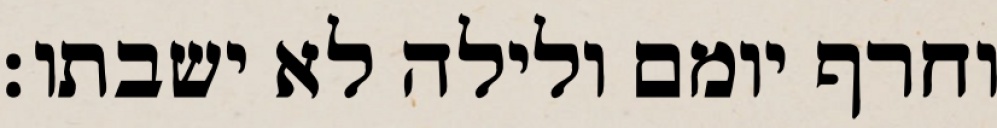
וחרף יומם ולילה לא ישבתו׃